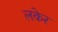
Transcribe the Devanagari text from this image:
लकेर